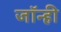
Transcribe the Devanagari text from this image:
जॉन्ही